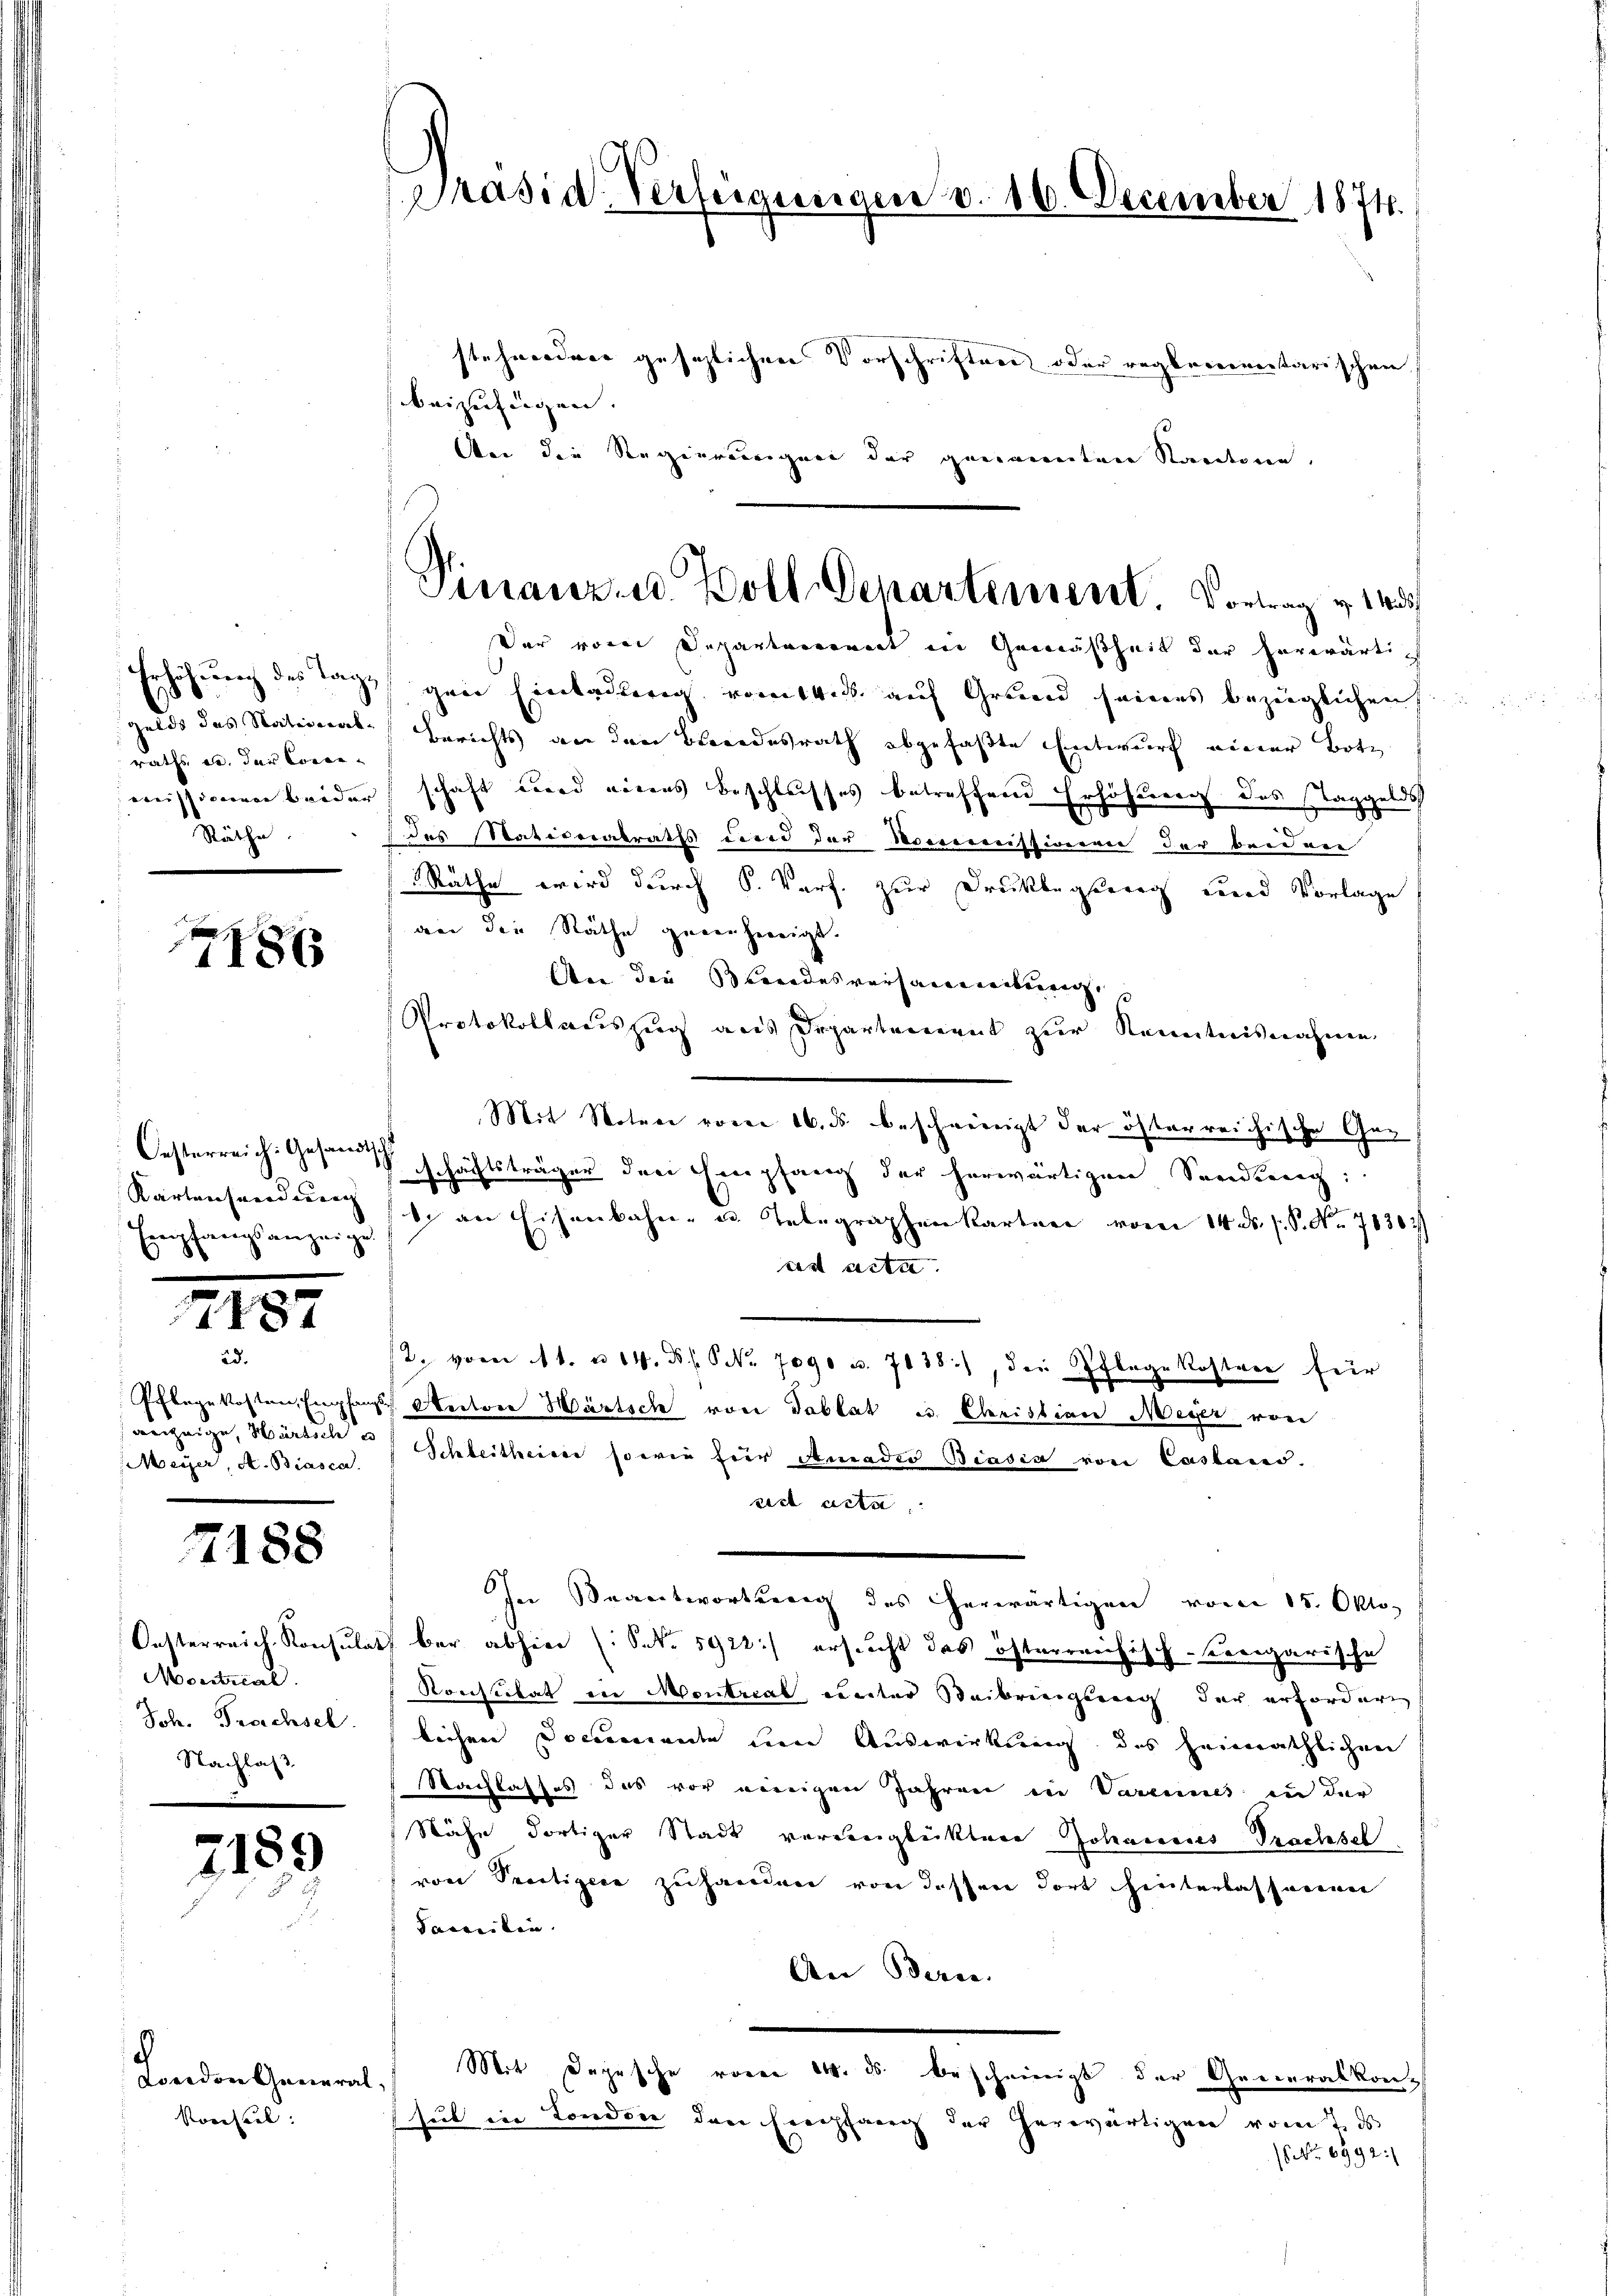
Gelds des National-
raths u. der Corre-
Räthe

18x

Oesterreich: Gesandtschl
Kartensendung
Empfangsanzeige

7187

ad.
Meyer, A. Biasca.

7188

Monitial
Joh. Proechsel.
Nachlas

2189

London General
Korseel:

Präsid-Verfügungen v. 16. December 1874.

stehnordner gesezlichen Vorschriften oder reglementarischen
beizufügen.
Aei die Regiereneigung der genannten Standtone,
Der von Departerrenart in Gemäßheit der herwärti¬
Erhöhung des Tage gen Einladung vom 14. ds. auf Grund seines bezüglichen
Berichts an den Brandesrath abgefaßte Entwurf einer Bote
missionen beiderschaft wird eines Beschlusses betreffend Erhöhung des Taggelds
1 des Nationalraths und der Kommissionen der beiden
Räthe wird durch S. Varf. zur Drucklegserg wird Vorlage
an die Räthe genehmigt.
An der Beendesversammenberg,
Protokollauszug aus Departement zur Kenntnisnahme.
Mit Noten vom 16. ds beschwierigt der österreichische Geschäftsträger den Empfang der herwärtigen Senedieng:
1 an Eisenbahn- u. Telegraphenkarten vom 14. ds. f. S. Nr. 78302
ees acta
2. vom 11. u. 14. B. Nr. 7090 u. 7138), der Pflege kosten für
Pflegekosten, Empfangs Rectore Wärtsch von Tablat u. Christian Meyer von
anzeige, Hürsich Schleitheiner so wie für Amades Biasca von Casano.
sie acta
In Beantwortung des herwärtigen von 15. Okto
Oesterreich Konsulat ber abhin (S. 5922.) ersucht das österreichisch-Kergarische
Konsulat in Montrial einter Steibringung der erfordern
lichen Documente um Auswirkung des Heimathlichen
Nachlasses das vor wenigen Jahren in Vareines in der
Nähe dortiger Stadt verdinglücktere Johannes Prachsel
von Secetizica zuhanden von dessen dort hinterlassenen
Saweiten.
An Bern.
Mit Depesche voren 14. ds. bescheinigt der Generalkonsul in London den Empfang der herwärtigen vom 7. ds.
(6. 6992:

Finanz- u. Boll Departement. Vortrag v. 145